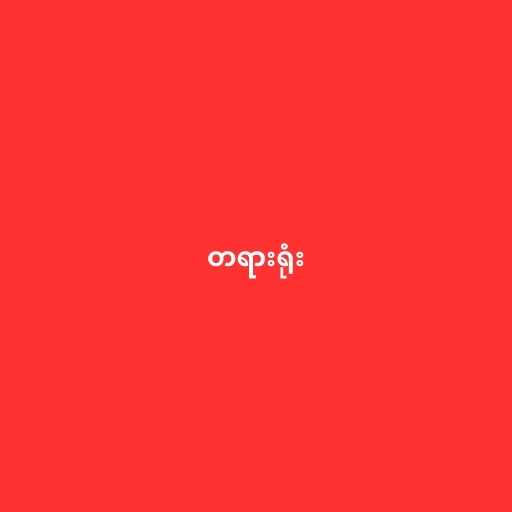
တရားရုံး